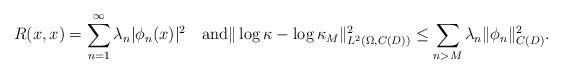
LaTeX: \begin{align*}R(x,x)=\sum\limits_{n=1}^{\infty}\lambda_n|\phi_n(x)|^2\quad\mbox{and}\|\log\kappa-\log\kappa_M\|^2_{L^2(\Omega,C({D}))}\leq \sum\limits_{n>M}\lambda_n\|{\phi_n}\|_{C(D)}^2. \end{align*}